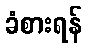
ခံစားရန်